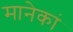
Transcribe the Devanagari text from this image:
मानेकां